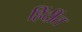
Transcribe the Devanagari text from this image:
हिंदींत